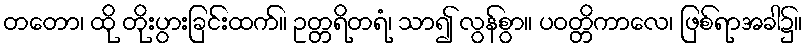
တတော၊ ထို တိုးပွားခြင်းထက်။ ဥတ္တရိတရံ၊ သာ၍ လွန်စွာ။ ပဝတ္တိကာလေ၊ ဖြစ်ရာအခါ၌။